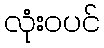
လုံးဝပင်